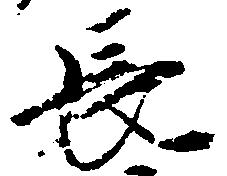
長